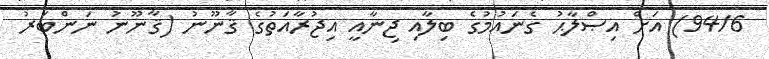
94/6) އަށް އިޞްލާޙު ގެނައުމުގެ ބިލާއި ޖިނާއީ އިޖުރާއަތުގެ ޤާނޫނު (ޤާނޫނު ނަންބަރު